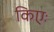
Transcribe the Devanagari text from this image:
किएः